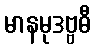
မာနမုဒဗ္ဗဓီ